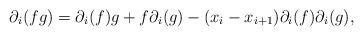
LaTeX: \begin{align*}\partial_i(fg) = \partial_i(f)g +f\partial_i(g) - (x_i - x_{i+1})\partial_i(f)\partial_i(g) , \end{align*}